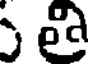
ు తి